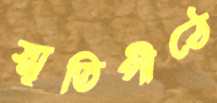
স্মৃতিপীঠে